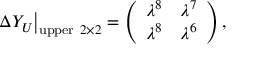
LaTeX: \left. \Delta Y _ { U } \right| _ { \mathrm { u p p e r } \ 2 \times 2 } = \left( \begin{array} { c c } { { \lambda ^ { 8 } } } & { { \lambda ^ { 7 } } } \\ { { \lambda ^ { 8 } } } & { { \lambda ^ { 6 } } } \end{array} \right) ,